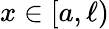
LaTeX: x\in\left[a,\ell\right)